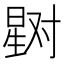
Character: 𰖞